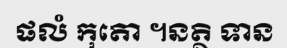
ផលំ កុតោ ។នត្ថិ ទាន